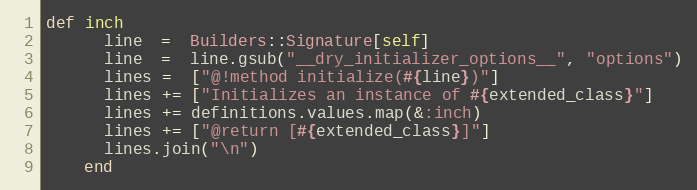
Language: Ruby
def inch
      line  =  Builders::Signature[self]
      line  =  line.gsub("__dry_initializer_options__", "options")
      lines =  ["@!method initialize(#{line})"]
      lines += ["Initializes an instance of #{extended_class}"]
      lines += definitions.values.map(&:inch)
      lines += ["@return [#{extended_class}]"]
      lines.join("\n")
    end